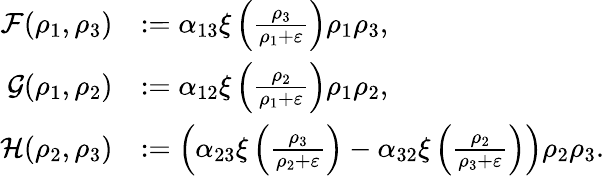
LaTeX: \begin{array}{rl}{\mathcal{F}(\rho_{1},\rho_{3})}&{:=\alpha_{13}\xi\left(\frac{\rho_{3}}{\rho_{1}+\varepsilon}\right)\rho_{1}\rho_{3},}\\ {\mathcal{G}(\rho_{1},\rho_{2})}&{:=\alpha_{12}\xi\left(\frac{\rho_{2}}{\rho_{1}+\varepsilon}\right)\rho_{1}\rho_{2},}\\ {\mathcal{H}(\rho_{2},\rho_{3})}&{:=\left(\alpha_{23}\xi\left(\frac{\rho_{3}}{\rho_{2}+\varepsilon}\right)-\alpha_{32}\xi\left(\frac{\rho_{2}}{\rho_{3}+\varepsilon}\right)\right)\rho_{2}\rho_{3}.}\end{array}